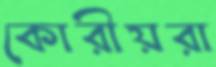
কোরীয়রা